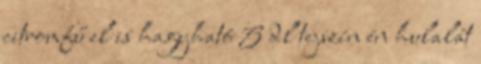
citromfű el is hagyható 5 dl tejszín én hulalát